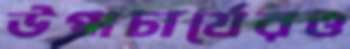
উপাচার্যেরও